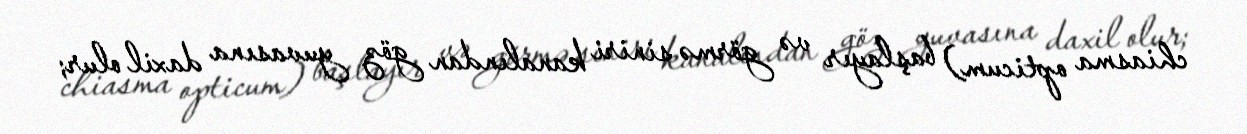
chiasma opticum) başlayır və görmə siniri kanalından göz yuvasına daxil olur;